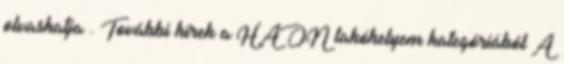
olvashatja . További hírek a HAON lakóhelyem kategóriából A